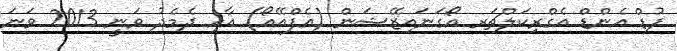
ފުޑް އެންޑް އެގްރިކަލްޗަރ އޯގަނައިޒޭޝަން (އެފްއޭއޯ) އާއި ދެމެދު ވަނީ 2013 ވަނަ